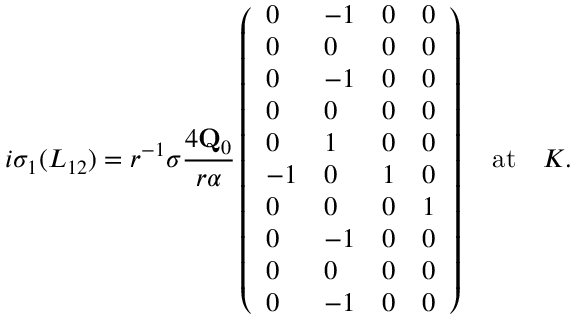
i \sigma _ { 1 } ( L _ { 1 2 } ) = r ^ { - 1 } \sigma \frac { 4 \mathbf { Q } _ { 0 } } { r \alpha } \left( \begin{array} { l l l l } { 0 } & { - 1 } & { 0 } & { 0 } \\ { 0 } & { 0 } & { 0 } & { 0 } \\ { 0 } & { - 1 } & { 0 } & { 0 } \\ { 0 } & { 0 } & { 0 } & { 0 } \\ { 0 } & { 1 } & { 0 } & { 0 } \\ { - 1 } & { 0 } & { 1 } & { 0 } \\ { 0 } & { 0 } & { 0 } & { 1 } \\ { 0 } & { - 1 } & { 0 } & { 0 } \\ { 0 } & { 0 } & { 0 } & { 0 } \\ { 0 } & { - 1 } & { 0 } & { 0 } \end{array} \right) \quad \mathrm { a t } \quad K .